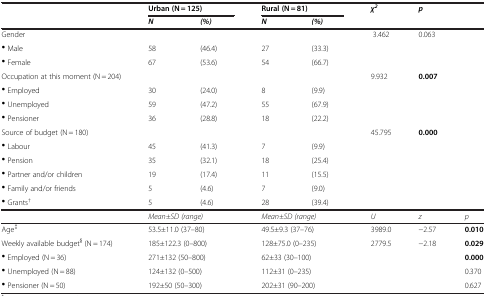
|  | <COLSPAN=2> Urban (N = 125) | <COLSPAN=2> Rural (N = 81) | χ2 | p |  |
 |  | N | (%) | N | (%) |  |  |  |
 | --- | --- | --- | --- | --- | --- | --- | --- |
 | Gender |  |  |  |  | 3.462 | 0.063 |  |
 | · Male | 58 | (46.4) | 27 | (33.3) |  |  |  |
 | · Female | 67 | (53.6) | 54 | (66.7) |  |  |  |
 | Occupation at this moment (N = 204) |  |  |  |  | 9.932 | 0.007 |  |
 | · Employed | 30 | (24.0) | 8 | (9.9) |  |  |  |
 | · Unemployed | 59 | (47.2) | 55 | (67.9) |  |  |  |
 | · Pensioner | 36 | (28.8) | 18 | (22.2) |  |  |  |
 | Source of budget (N = 180) |  |  |  |  | 45.795 | 0.000 |  |
 | · Labour | 45 | (41.3) | 7 | (9.9) |  |  |  |
 | · Pension | 35 | (32.1) | 18 | (25.4) |  |  |  |
 | · Partner and/or children | 19 | (17.4) | 11 | (15.5) |  |  |  |
 | · Family and/or friends | 5 | (4.6) | 7 | (9.0) |  |  |  |
 | · Grants† | 5 | (4.6) | 28 | (39.4) |  |  |  |
 |  | <COLSPAN=2> Mean±SD (range) | <COLSPAN=2> Mean±SD (range) | U | z | p |
 | Age‡ | <COLSPAN=2> 53.5±11.0 (37–80) | <COLSPAN=2> 49.5±9.3 (37–76) | 3989.0 | −2.57 | 0.010 |
 | Weekly available budget§ (N = 174) | <COLSPAN=2> 185±122.3 (0–800) | <COLSPAN=2> 128±75.0 (0–235) | 2779.5 | −2.18 | 0.029 |
 | · Employed (N = 36) | <COLSPAN=2> 271±132 (50–800) | <COLSPAN=2> 62±33 (30–100) |  |  | 0.000 |
 | · Unemployed (N = 88) | <COLSPAN=2> 124±132 (0–500) | <COLSPAN=2> 112±31 (0–235) |  |  | 0.370 |
 | · Pensioner (N = 50) | <COLSPAN=2> 192±50 (50–300) | <COLSPAN=2> 202±31 (90–200) |  |  | 0.627 |